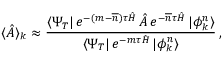
\langle \hat { A } \rangle _ { k } \approx \frac { \langle \Psi _ { T } | \, e ^ { - ( m - { \overline { n } } ) \tau \hat { H } } \, \hat { A } \, e ^ { - { \overline { n } } \tau \hat { H } } \, | \phi _ { k } ^ { n } \rangle } { \langle \Psi _ { T } | \, e ^ { - m \tau \hat { H } } \, | \phi _ { k } ^ { n } \rangle } \, ,